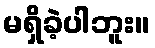
မရှိခဲ့ပါဘူး။